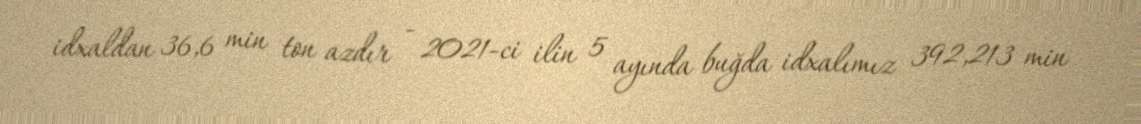
idxaldan 36,6 min ton azdır - 2021-ci ilin 5 ayında buğda idxalımız 392,213 min